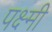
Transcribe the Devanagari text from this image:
पक्ष्मी